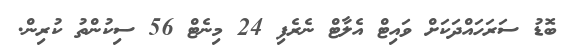
ބޮޑު ސަރަހައްދަކަށް ވައިޓް އެލާޓް ނެރެފި 24 މިނެޓް 56 ސިކުންތު ކުރިން.